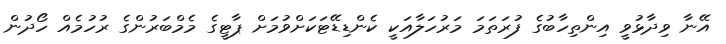
އޭނާ ވިދާޅުވީ އިންތިހާބުގެ ފުރަތަމަ މަރުހަލާއަކީ ކެންޑިޑޭޓަކަށްވުމަށް ޕާޓީގެ މެމްބަރުންގެ ރުހުމެއް ހޯދުން